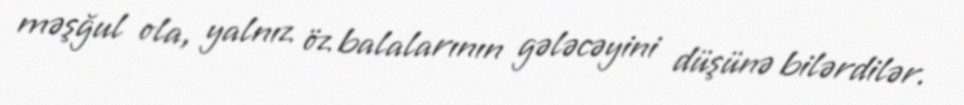
məşğul ola, yalnız öz balalarının gələcəyini düşünə bilərdilər.